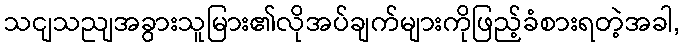
သငျသညျအခွားသူမြား၏လိုအပ်ချက်များကိုဖြည့်ခံစားရတဲ့အခါ,